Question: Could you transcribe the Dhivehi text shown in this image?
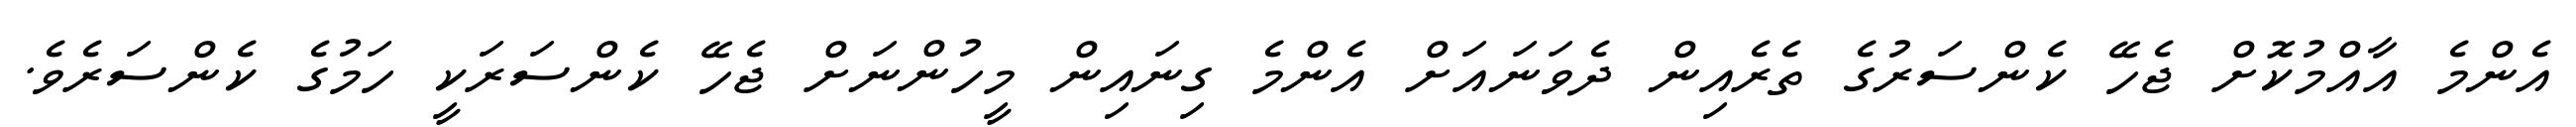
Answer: އެންމެ އާއްމުކޮށް ޖެހޭ ކެންސަރުގެ ތެރެއިން ދެވަނައަށް އެންމެ ގިނައިން މީހުންނަށް ޖެހޭ ކެންސަރަކީ ހަމުގެ ކެންސަރެވެ.